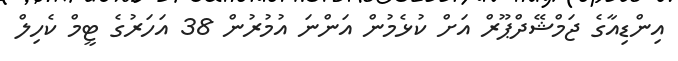
އިންޑިއާގެ ޖަމްޝޭދްޕޫރް އަށް ކުޅެމުން އަންނަ އުމުރުން 38 އަހަރުގެ ޓީމް ކެހިލް